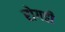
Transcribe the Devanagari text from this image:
रोगही